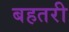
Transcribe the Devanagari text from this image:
बहतरी